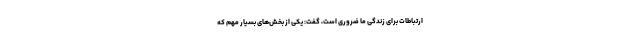
ارتباطات برای زندگی ما ضروری است، گفت: یکی از بخش‌های بسیار مهم که